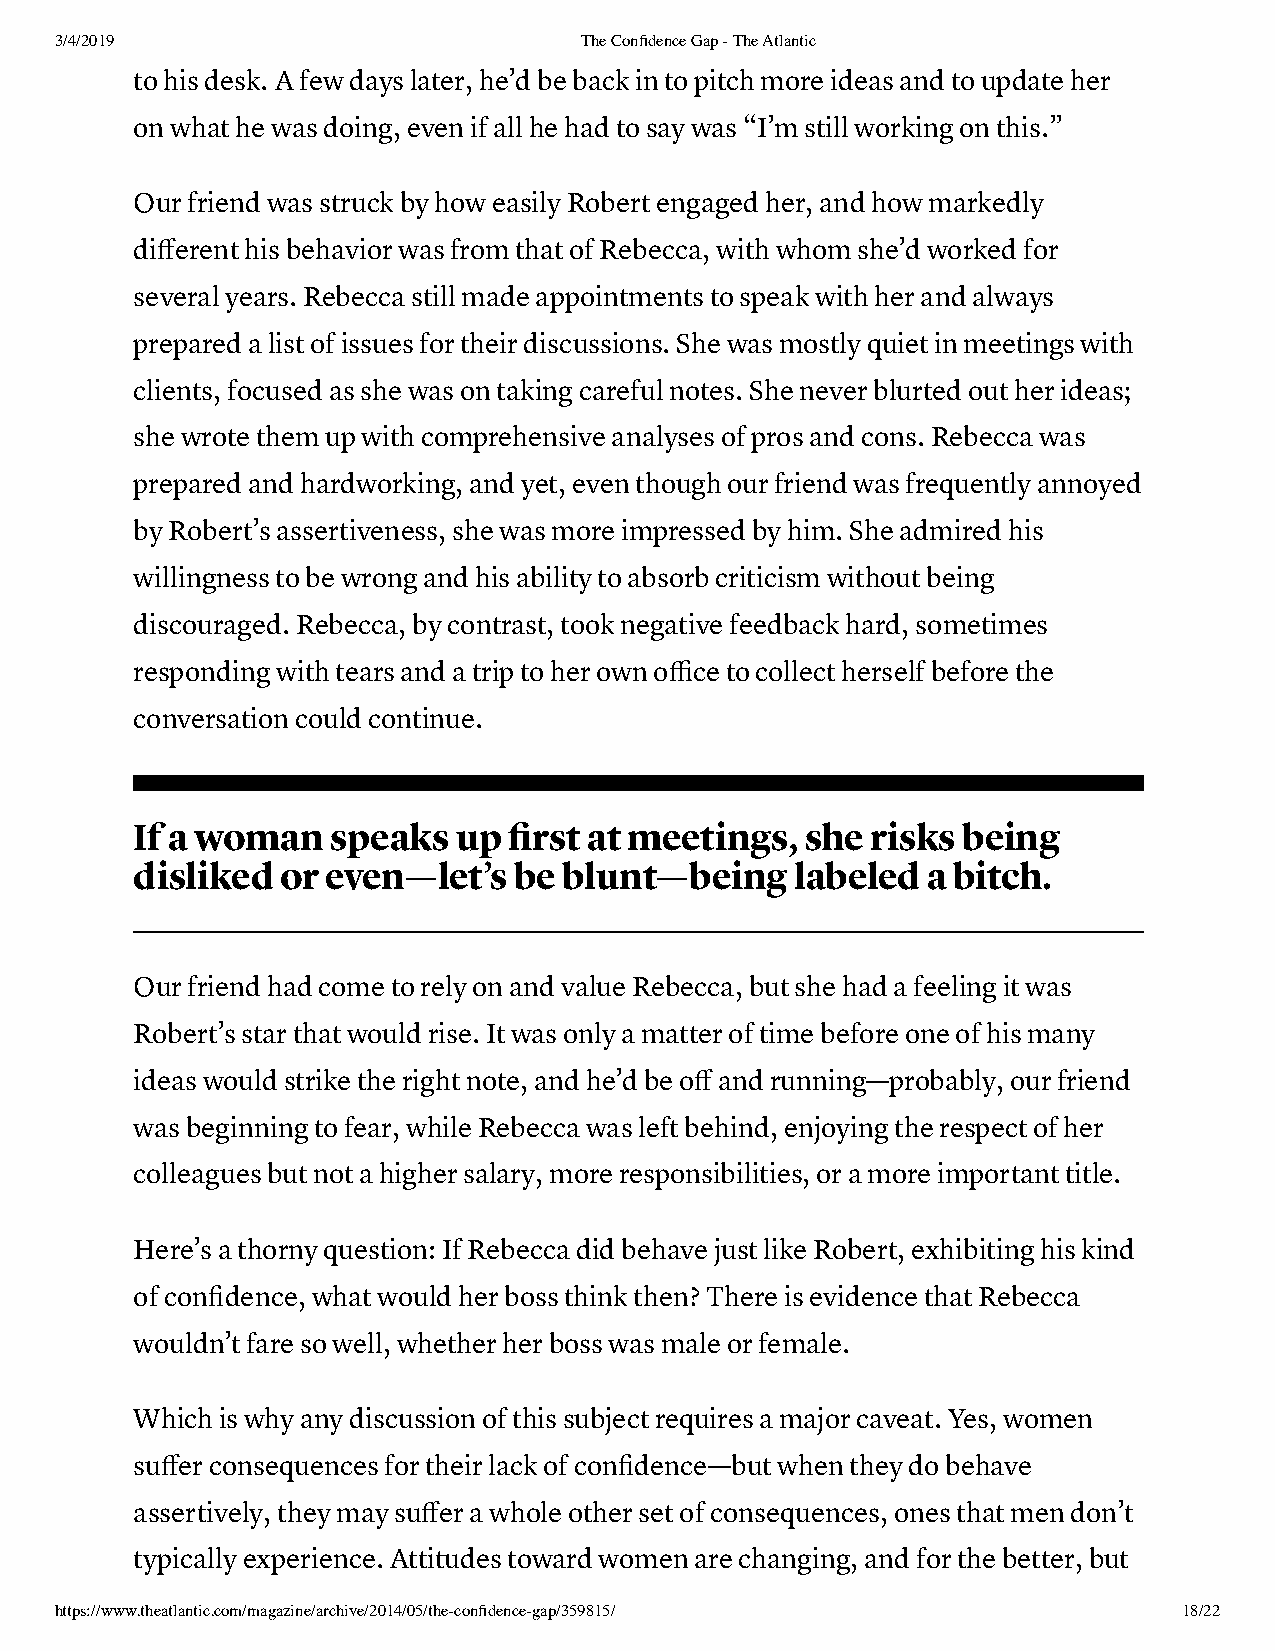
3/4/2019                          The Confidence Gap - The Atlantic
 to his desk. A few days later, he’d be back in to pitch more ideas and to update her
 on what he was doing, even if all he had to say was “I’m still working on this.”
 Our friend was struck by how easily Robert engaged her, and how markedly
 different his behavior was from that of Rebecca, with whom she’d worked for
 several years. Rebecca still made appointments to speak with her and always
 prepared a list of issues for their discussions. She was mostly quiet in meetings with
 clients, focused as she was on taking careful notes. She never blurted out her ideas;
 she wrote them up with comprehensive analyses of pros and cons. Rebecca was
 prepared and hardworking, and yet, even though our friend was frequently annoyed
 by Robert’s assertiveness, she was more impressed by him. She admired his
 willingness to be wrong and his ability to absorb criticism without being
 discouraged. Rebecca, by contrast, took negative feedback hard, sometimes
 responding with tears and a trip to her own office to collect herself before the
 conversation could continue.
 If a woman   speaks  up  first at meetings, she  risks being
 disliked  or even—let’s  be blunt—being     labeled a bitch.
 Our friend had come to rely on and value Rebecca, but she had a feeling it was
 Robert’s star that would rise. It was only a matter of time before one of his many
 ideas would strike the right note, and he’d be off and running—probably, our friend
 was beginning to fear, while Rebecca was left behind, enjoying the respect of her
 colleagues but not a higher salary, more responsibilities, or a more important title.
 Here’s a thorny question: If Rebecca did behave just like Robert, exhibiting his kind
 of confidence, what would her boss think then? There is evidence that Rebecca
 wouldn’t fare so well, whether her boss was male or female.
 Which is why any discussion of this subject requires a major caveat. Yes, women
 suffer consequences for their lack of confidence—but when they do behave
 assertively, they may suffer a whole other set of consequences, ones that men don’t
 typically experience. Attitudes toward women are changing, and for the better, but
 https://www.theatlantic.com/magazine/archive/2014/05/the-confidence-gap/359815/ 18/22